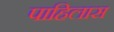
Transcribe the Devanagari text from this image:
पाहिलास